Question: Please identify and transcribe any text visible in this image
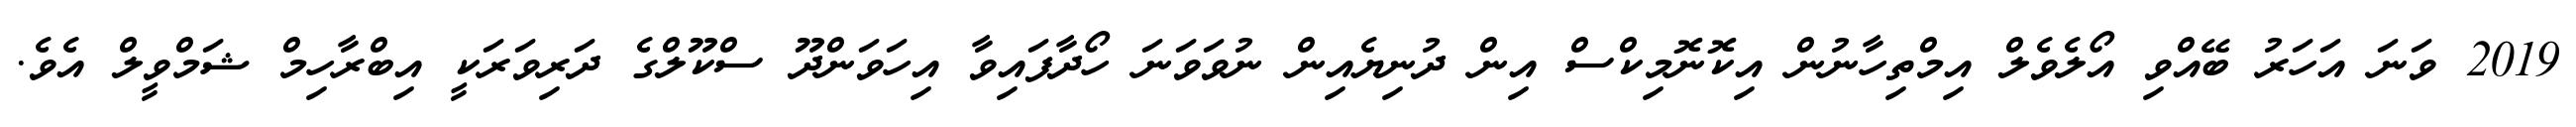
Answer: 2019 ވަނަ އަހަރު ބޭއްވި އޯލެވެލް އިމްތިހާނުން އިކޮނޮމިކްސް އިން ދުނިޔެއިން ނުވަވަނަ ހޯދާފައިވާ އިހަވަންދޫ ސްކޫލްގެ ދަރިވަރަކީ އިބްރާހިމް ޝަމްވީލް އެވެ.